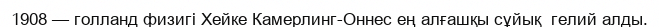
1908 — голланд физигі Хейке Камерлинг-Оннес ең алғашқы сұйық  гелий алды.